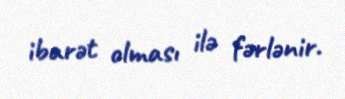
ibarət olması ilə fərlənir.